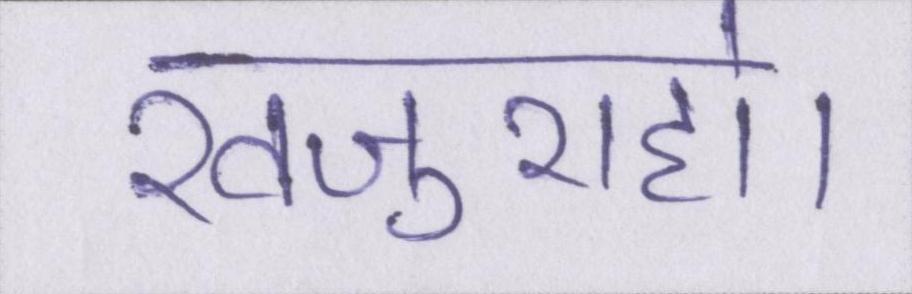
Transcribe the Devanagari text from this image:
खजुराहो